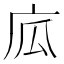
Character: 𢈅